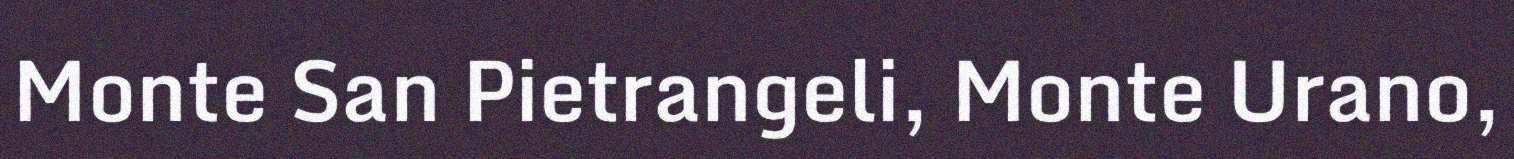
Monte San Pietrangeli, Monte Urano,